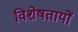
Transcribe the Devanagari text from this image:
विशेषतायों